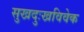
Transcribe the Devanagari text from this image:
सुखदुःखविवेक